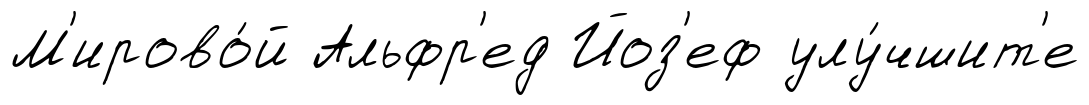
М'ирово́й Альфр'ед Йоз'еф улу́чшит'е